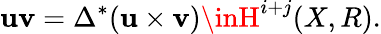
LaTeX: \mathbf{u}\mathbf{v}=\Delta^{*}(\mathbf{u}\times\mathbf{v})\inH^{i+j}(X,R).